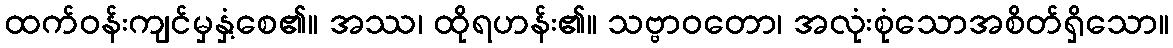
ထက်ဝန်းကျင်မှနှံ့စေ၏။ အဿ၊ ထိုရဟန်း၏။ သဗ္ဗာဝတော၊ အလုံးစုံသောအစိတ်ရှိသော။